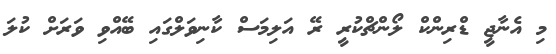
މި އެނާޖީ ޑްރިންކް ލޯންޗްކުރީ ރޭ އަލިމަސް ކާނިވަލްގައި ބޭއްވި ވަރަށް ކުލަ